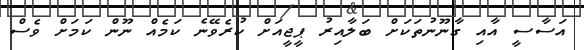
އަސާސީ އާއި ގާނޫނުތަކަށް ބަލާއިރު ޕީޖީއަށް ކުރެވޭނެ ކަމެއް ނޫން ކަމަށް ވެސް